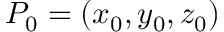
P _ { 0 } = ( x _ { 0 } , y _ { 0 } , z _ { 0 } )